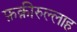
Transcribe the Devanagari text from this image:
फ़क़ीरुल्लाह